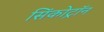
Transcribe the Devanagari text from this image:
सिंकोट्रॉन